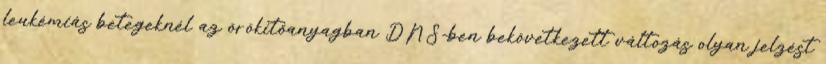
leukémiás betegeknél az örökítőanyagban DNS-ben bekövetkezett változás olyan jelzést